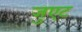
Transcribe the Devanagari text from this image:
जुएट